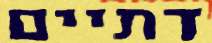
דתיים